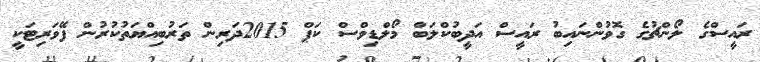
ރައީސްގެ ލޯންޗުގެ ގޮވުންނައިބު ރައީސް އަދީބުކްލަބް މޯލްޑިވްސް ކަޕް 2015ދަރިން ތަރުބިއްޔަތުކުރުން ފޭވަރިޓަކީ